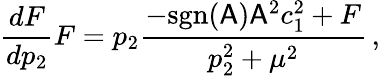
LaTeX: \frac{dF}{dp_{2}}F=p_{2}\frac{-\mathrm{sgn}(\mathsf{A})\mathsf{A}^{2}c_{1}^{2}+F}{p_{2}^{2}+\mu^{2}}\, ,